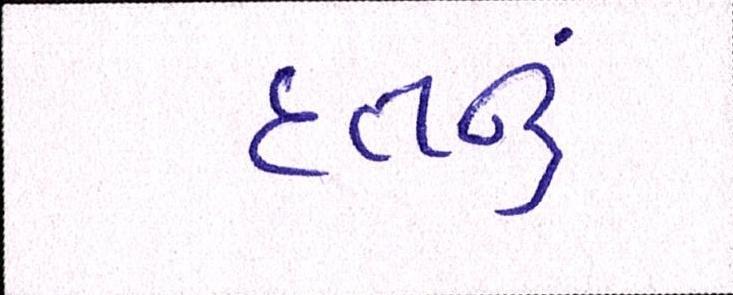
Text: દત્તનું